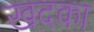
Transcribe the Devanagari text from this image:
खदका